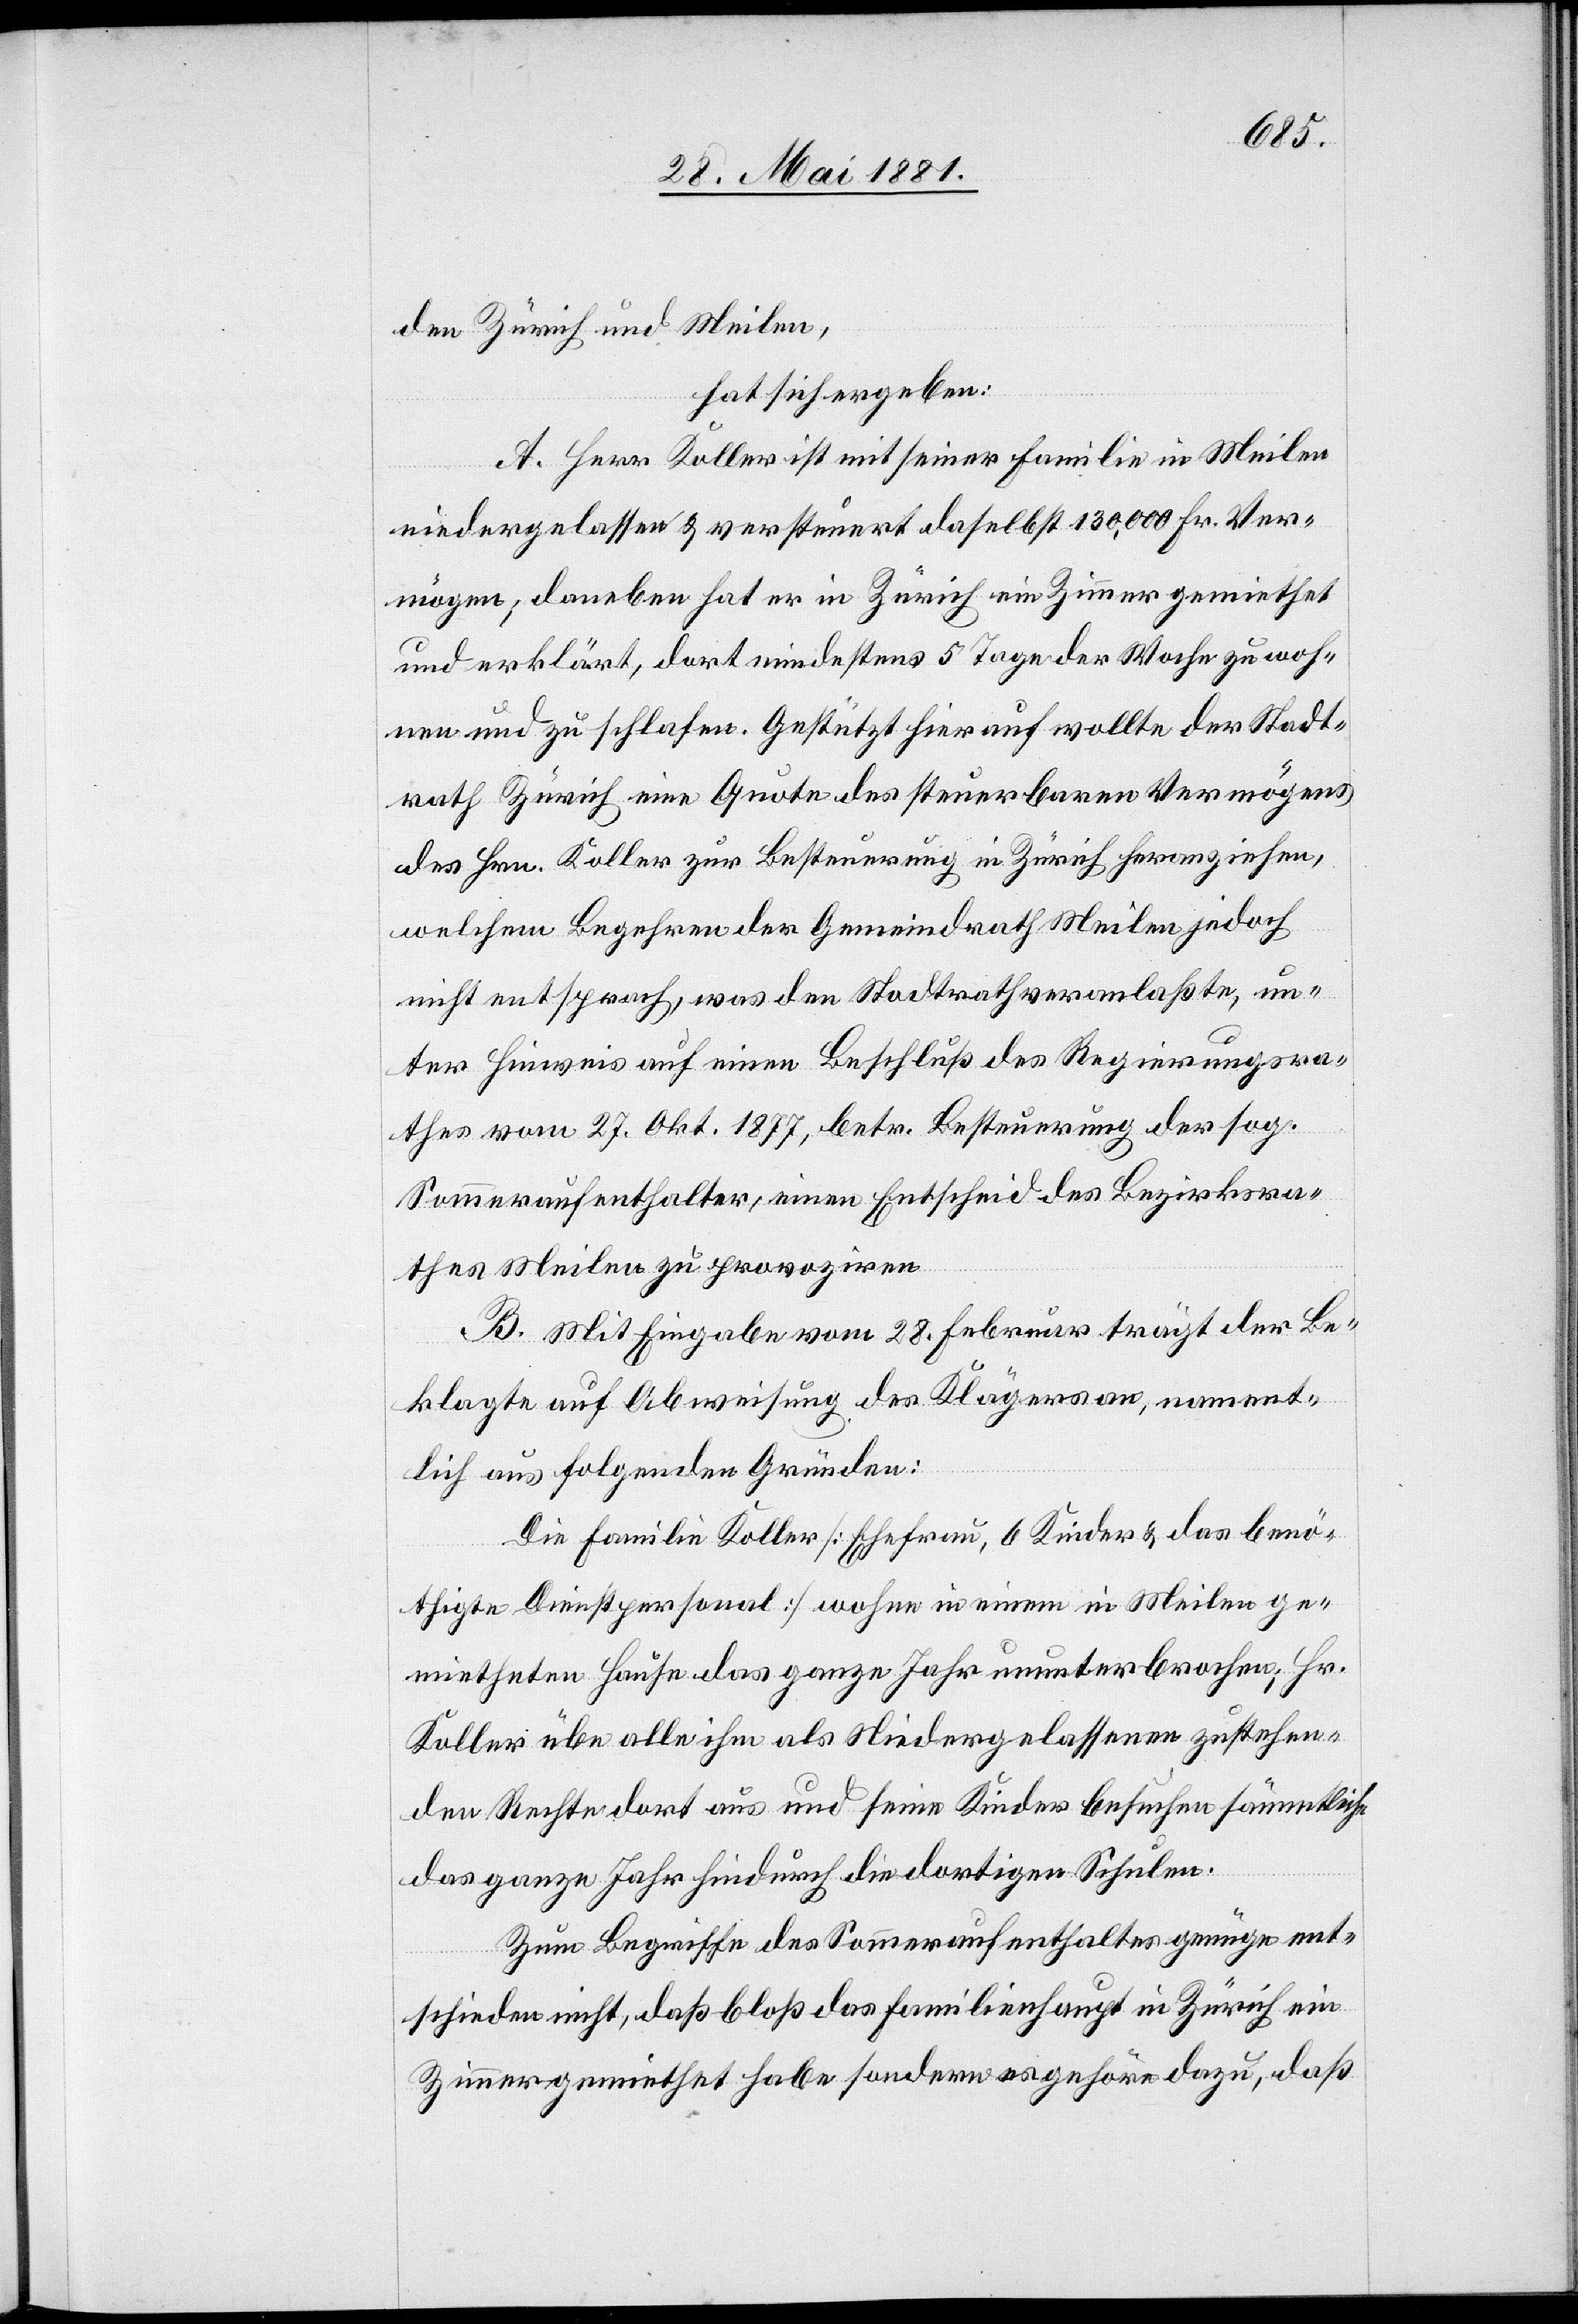
den Zürich und Meilen,
hat sich ergeben:
A. Herr Koller ist mit seiner Familie in Meilen
niedergelassen & versteuert daselbst 130,000 Fr. Ver¬
mögen; daneben hat er in Zürich ein Zimmer gemiethet
und erklärt, dort mindestens 5 Tage der Woche zu woh¬
nen und zu schlafen. Gestützt hierauf wollte der Stadt¬
rath Zürich eine Quote des steuerbaren Vermögens
des Hrn. Koller zur Besteuerung in Zürich heranziehen,
welchem Begehren der Gemeindrath Meilen jedoch
nicht entsprach, was den Stadtrath veranlaßte, un¬
ter Hinweis auf einen Beschluß des Regierungsra¬
thes vom 27. Okt. 1877, betr. Besteuerung der sog.
Sommeraufenthalter, einen Entscheid des Bezirksra¬
thes Meilen zu provoziren.
B. Mit Eingabe vom 28. Februar trägt der Be¬
klagte auf Abweisung des Klägers an, nament¬
lich aus folgenden Gründen:
Die Familie Koller [Ehefrau, 6 Kinder & das benö¬
thigte Dienstpersonal] wohne in einem in Meilen ge¬
mietheten Hause das ganze Jahr ununterbrochen; Hr.
Koller übe alle ihm als Niedergelassenen zustehen¬
den Rechte dort aus und seine Kinder besuchen sämmtliche
das ganze Jahr hindurch die dortigen Schulen.
Zum Begriffe des Sommeraufenthaltes genüge ent¬
schieden nicht, daß bloß das Familienhaupt in Zürich ein
Zimmer gemiethet habe sondern es gehöre dazu, daß